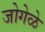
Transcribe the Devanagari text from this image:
जोगेळे